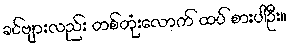
ခင်ဗျားလည်း တစ်တုံးလောက် ထပ် စားပါဦး။